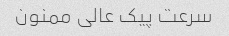
سرعت پیک عالى ممنون